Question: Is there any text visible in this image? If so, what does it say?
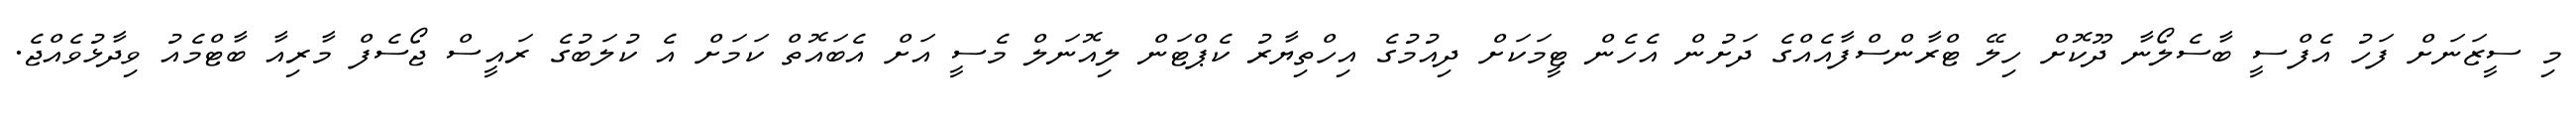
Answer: މި ސީޒަނަށް ފަހު އެފްސީ ބާސެލޯނާ ދޫކޮށް ހިލޭ ޓްރާންސްފާއެއްގެ ދަށުން އެހެން ޓީމަކަށް ދިއުމުގެ އިހްތިޔާރު ކެޕްޓަން ލިއޮނަލް މެސީ އަށް އެބައޮތް ކަމަށް އެ ކުލަބުގެ ރައީސް ޖޯސެފް މާރިއާ ބާޓްމެއު ވިދާޅުވެއްޖެ.